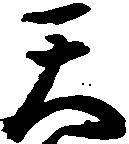
天